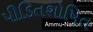
પીડિતશોષિત